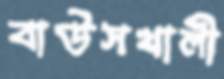
বাউসখালী